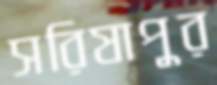
সরিষাপুর